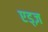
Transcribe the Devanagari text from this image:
एड्ज़